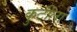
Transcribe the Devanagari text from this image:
कुटीला